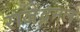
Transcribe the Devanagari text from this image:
राजेंद्रमल